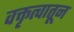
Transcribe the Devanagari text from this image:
वक्तृत्वातून